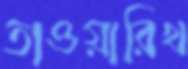
তাওয়ারিখ